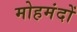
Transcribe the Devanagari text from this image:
मोहमंदों